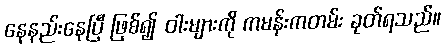
နေနည်းနေပြီ ဖြစ်၍ ဝါးများကို ကမန်းကတမ်း ခုတ်ရသည်။